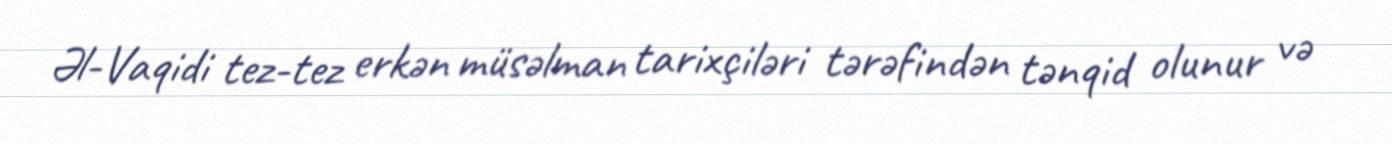
Əl-Vaqidi tez-tez erkən müsəlman tarixçiləri tərəfindən tənqid olunur və